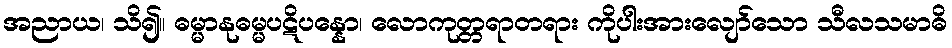
အညာယ၊ သိ၍။ ဓမ္မာနုဓမ္မပဋိပန္နော၊ လောကုတ္တရာတရား ကိုပါးအားလျော်သော သီလသမာဓိ